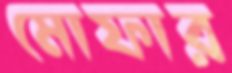
মোফার